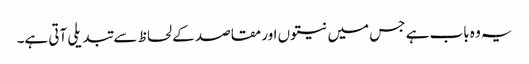
یہ وہ باب ہے جس میں نیتوں اور مقاصد کے لحاظ سے تبدیلی آتی ہے۔